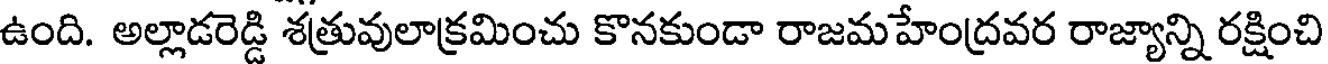
ఉంది. అల్లాడరెడ్డి శత్రువులాక్రమించు కొనకుండా రాజమహేంద్రవర రాజ్యాన్ని రక్షించి